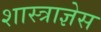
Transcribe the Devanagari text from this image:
शास्त्राज्ञेस